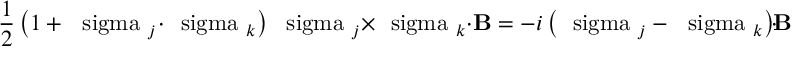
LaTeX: \frac { 1 } { 2 } \left( 1 + \mathrm { \boldmath ~ \ s i g m a ~ } _ { j } \! \cdot \! \mathrm { \boldmath ~ \ s i g m a ~ } _ { k } \right) \mathrm { \boldmath ~ \ s i g m a ~ } _ { j } \times \mathrm { \boldmath ~ \ s i g m a ~ } _ { k } \cdot { \bf B } = - i \left( \mathrm { \boldmath ~ \ s i g m a ~ } _ { j } - \mathrm { \boldmath ~ \ s i g m a ~ } _ { k } \right) \! \cdot \! { \bf B } ,